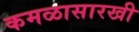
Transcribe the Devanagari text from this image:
कमळासारखी